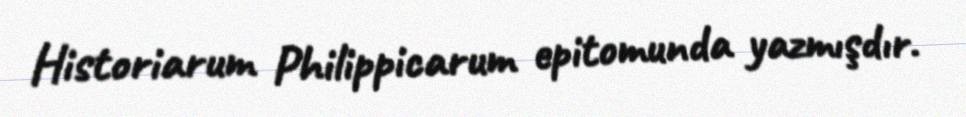
Historiarum Philippicarum epitomunda yazmışdır.